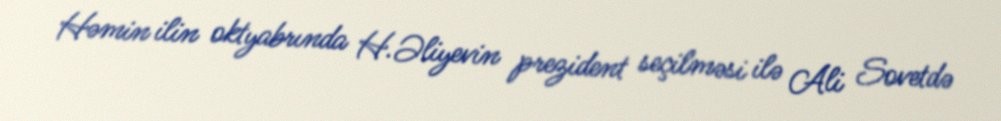
Həmin ilin oktyabrında H.Əliyevin prezident seçilməsi ilə Ali Sovetdə